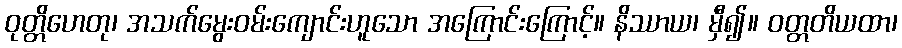
ဝုတ္တိဟေတု၊ အသက်မွေးဝမ်းကျောင်းဟူသော အကြောင်းကြောင့်။ နိဿာယ၊ မှီ၍။ ဝတ္တတိယထာ၊